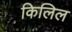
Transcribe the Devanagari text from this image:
किलिल